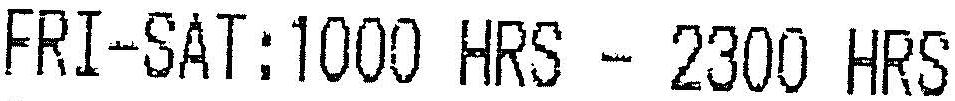
FRI-SAT:1000 HRS - 2300 HRS